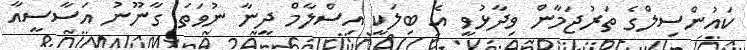
ކައުންސިލްގެ ތަރުޖަމާން ވިދާޅުވީ އެ ބިލަކީ އިސްލާމް ދީނާ ނުވަތަ ގާނޫނު އަސާސީއާ